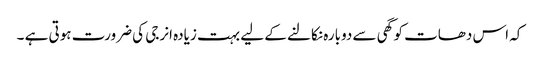
کہ اس دھات کو گھی سے دوبارہ نکالنے کے لیے بہت زیادہ انرجی کی ضرورت ہوتی ہے ۔